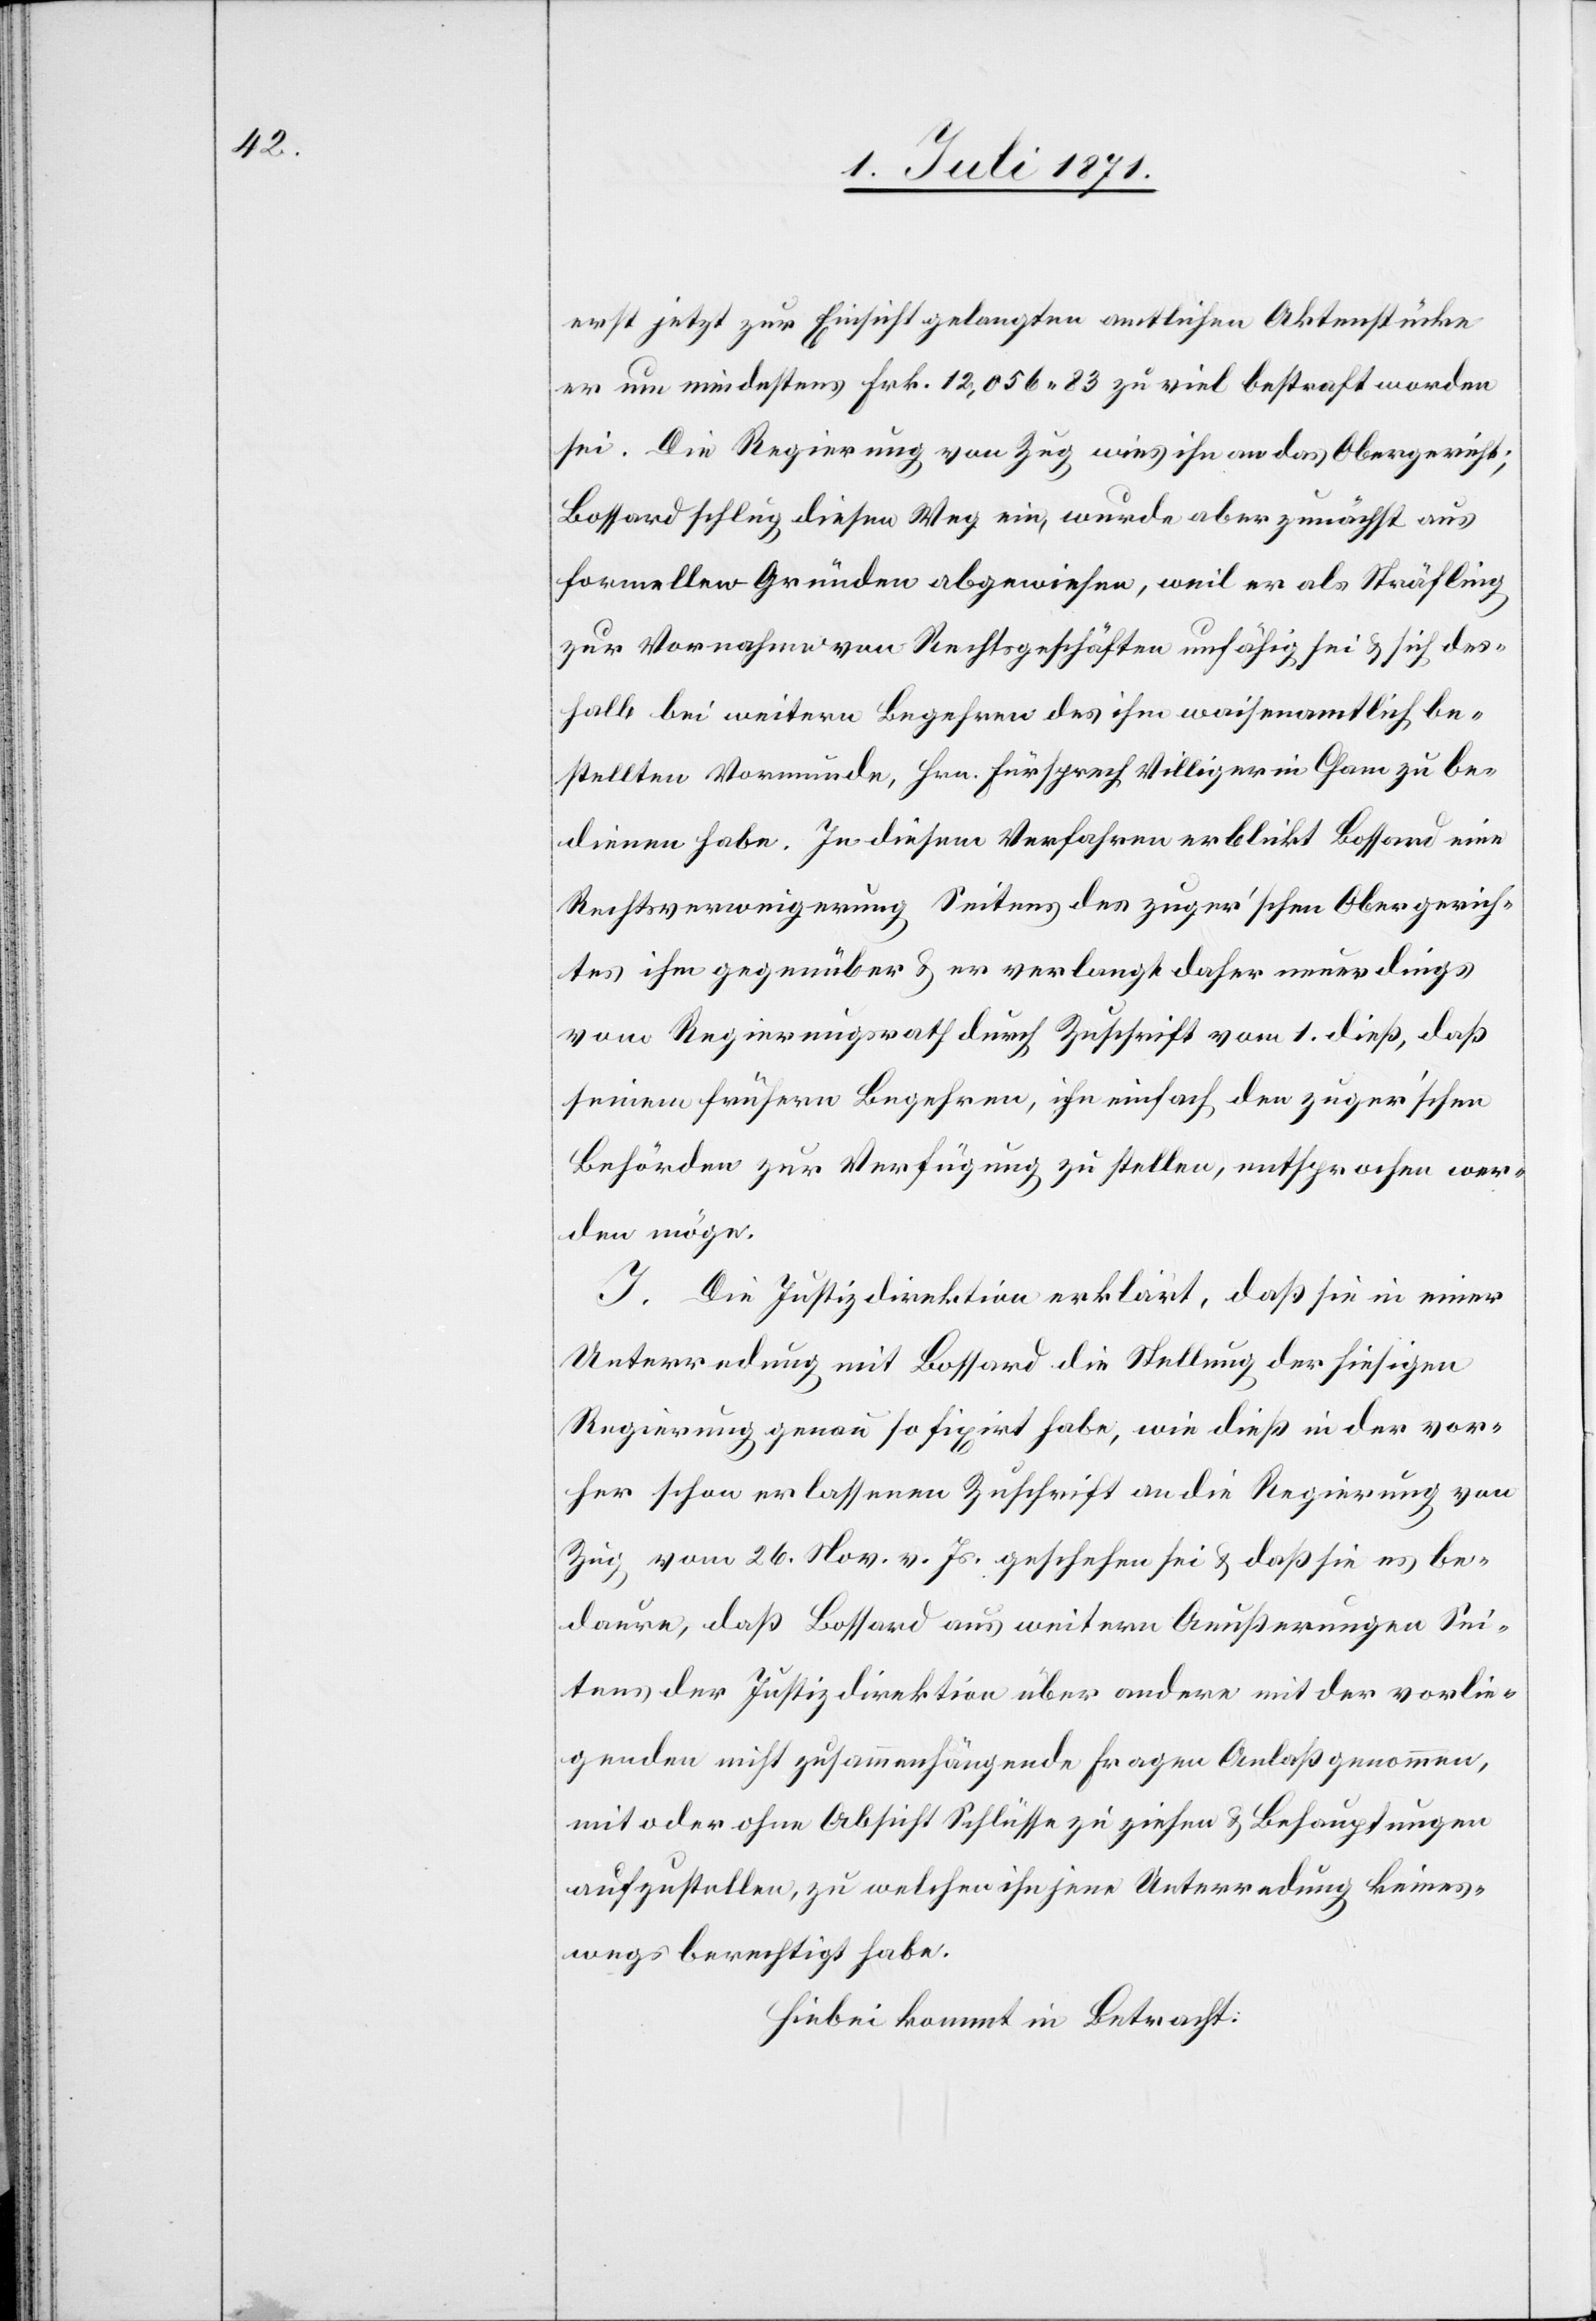
erst jetzt zur Einsicht gelangten amtlichen Aktenstücke
er um mindestens Frk. 12,056.83 zu viel bestraft worden
sei. Die Regierung von Zug wies ihn an das Obergericht;
Bossard schlug diesen Weg ein, wurde aber zunächst aus
formellen Gründen abgewiesen, weil er als Sträfling
zur Vornahme von Rechtsgeschäften unfähig sei u. sich des¬
halb bei weitern Begehren des ihm waisenamtlich be¬
stellten Vormunde, Hrn. Fürsprech Villiger in Cham zu be¬
dienen habe. In diesem Verfahren erblickt Bossard eine
Rechtsverweigerung Seites des zuger’schen Obergerich¬
tes ihm gegenüber u. er verlangt daher neuerdings
vom Regierungsrath durch Zuschrift vom 1. dieß, daß
seinem frühern Begehren, ihn einfach den zuger’schen
Behörden zur Verfügung zu stellen, entsprochen wer¬
den möge.
I. Die Justizdirektion erklärt, daß sie in einer
Unterredung mit Bossard die Stellung der hiesigen
Regierung genau so fixirt habe, wie dieß in der vor¬
her schon erlassenen Zuschrift an die Regierung von
Zug vom 26. Nov. v. Js. geschehen sei u. daß sie es be¬
daure, daß Bossard aus weitern Aeußerungen Sei¬
tens der Justizdirektion über andere mit der vorlie¬
genden nicht zusammenhängende Fragen Anlaß genommen,
mit oder ohne Absicht Schlüsse zu ziehen u. Behauptungen
aufzustellen, zu welchen ihn jene Unterredung keines¬
wegs berechtigt habe.
Hiebei kommt in Betracht: